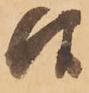
候